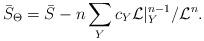
LaTeX: \begin{align*}\bar{S}_{\Theta}=\bar{S}-n\sum_Yc_Y\mathcal{L}|_Y^{n-1}/\mathcal{L}^n.\end{align*}